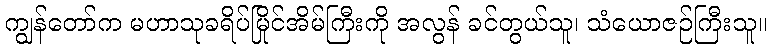
ကျွန်တော်က မဟာသုခရိပ်မြိုင်အိမ်ကြီးကို အလွန် ခင်တွယ်သူ၊ သံယောဇဉ်ကြီးသူ။